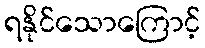
ရနိုင်သောကြောင့်